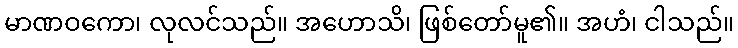
မာဏဝကော၊ လုလင်သည်။ အဟောသိ၊ ဖြစ်တော်မူ၏။ အဟံ၊ ငါသည်။